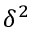
\delta ^ { 2 }